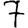
Digit: 7